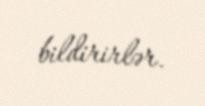
bildirirlər.